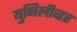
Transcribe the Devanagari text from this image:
युनिलीव्हर